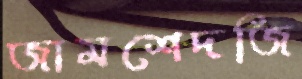
জামশেদজি